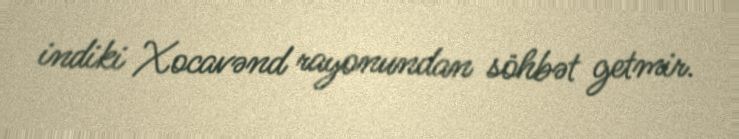
indiki Xocavənd rayonundan söhbət getmir.